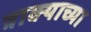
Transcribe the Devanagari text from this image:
त्राक्याच्या